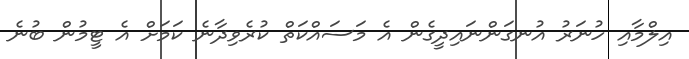
އިލްމާއި ހުނަރު އުނގަންނައިދީގެން އެ މަސައްކަތް ކުރެވިދާނެ ކަމަށް އެ ޓީމުން ބުނެ